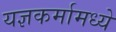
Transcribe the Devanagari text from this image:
यज्ञकर्मामध्ये